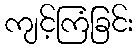
ကျင့်ကြံခြင်း